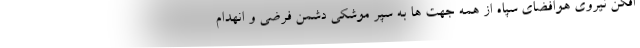
افکن نیروی هوافضای سپاه از همه جهت ها به سپر موشکی دشمن فرضی و انهدام